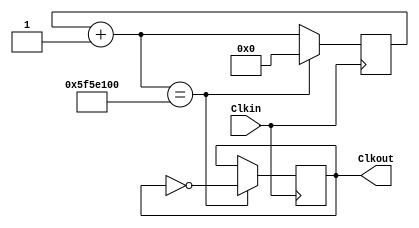
`timescale 1ns / 1ps
//////////////////////////////////////////////////////////////////////////////////
// Company: 
// Engineer: 
// 
// Design Name: 
// Module Name: Blinky
// Project Name: 
// Target Devices: 
// Tool Versions: 
// Description: 
// 
// Dependencies: There are no dependancies but needs pverview
// 
// Revision:
// Revision 0.01 - File Created
// Additional Comments:
// 
//////////////////////////////////////////////////////////////////////////////////


module Blinky(Clkin, Clkout);
input Clkin;
output reg Clkout;

reg [31:0] counter;

initial 
begin
counter  = 0;
Clkout = 0;
end 

always@(posedge Clkin)
begin
    counter  = counter + 1;
    if (counter == 100000000)
    begin
        counter = 0;
        Clkout = ~ Clkout;
    end
end 

endmodule


module TB;
reg Clkin;
wire Clkout;

initial // once-time activity 
Clkin = 0;

always // continous time activity
#5 Clkin = ~ Clkin;

Blinky inst0(Clkin, Clkout);

endmodule